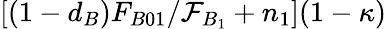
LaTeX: [(1-d_{B})F_{B01}/\mathcal{F}_{B_{1}}+n_{1}](1-\kappa)